Document type: Sale
Year: 1274
Scribe: [Unknown]
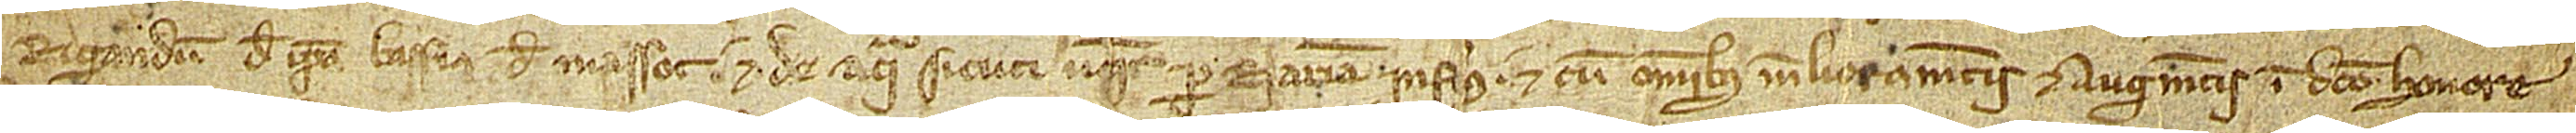
rigandum de ipsa bassia de Massot, et de aqua sicuti v[adi]t per riariam inferius, et cum omnibus melioramentis et augmentis in dicto honore